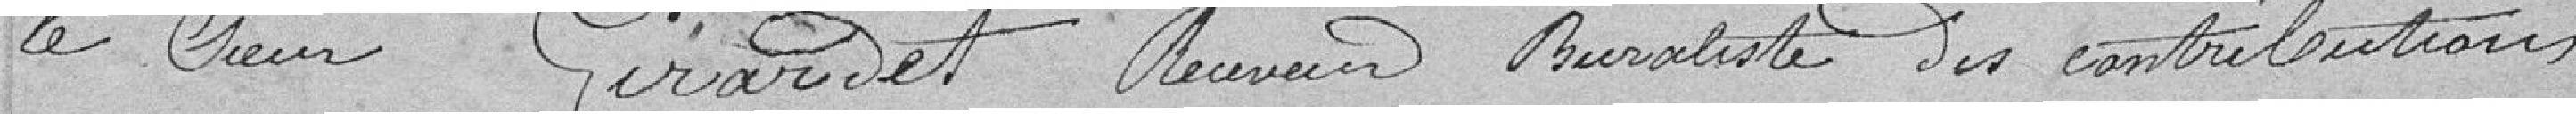
le sieur Girardet receveur buraliste des contributions